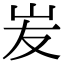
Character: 𡵢